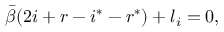
\Bar { \beta } ( 2 i + r - i ^ { * } - r ^ { * } ) + l _ { i } = 0 ,